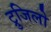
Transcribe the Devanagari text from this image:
ट्रुजिलो